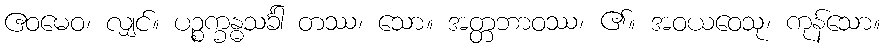
ဧဝမေဝ၊ လျှင်။ ပဉ္စက္ခန္ဓသင်္ခါ တဿ၊ သော။ အတ္တဘာဝဿ၊ ၏။ အဝယဝေသု၊ ကုန်သော။